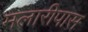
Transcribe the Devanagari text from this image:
मलारीपास